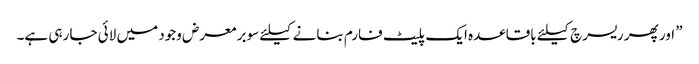
” اور پھر ریسرچ کیلئے باقاعدہ ایک پلیٹ فارم بنانے کیلئے سوبر معرض وجود میں لائی جا رہی ہے۔